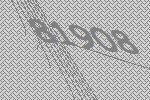
81908